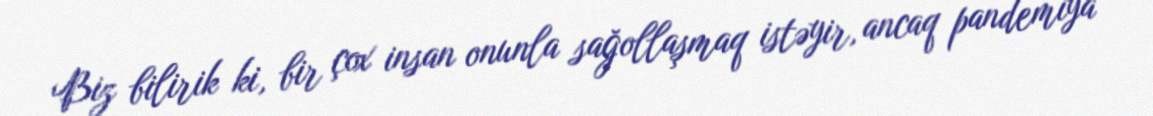
Biz bilirik ki, bir çox insan onunla sağollaşmaq istəyir, ancaq pandemiya